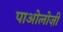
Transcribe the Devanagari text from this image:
पाओलोज़ी